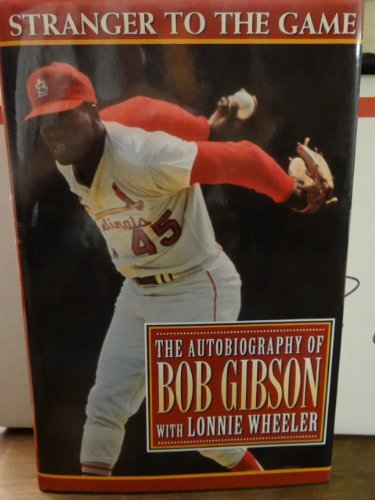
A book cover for Stranger to the Game: The Autobiography of Bob Gibson; Bob Gibson; Biographies & Memoirs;